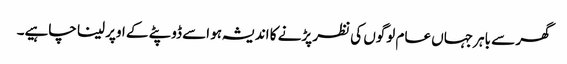
گھر سے باہر جہاں عام لوگوں کی نظر پڑنے کا اندیشہ ہو اسے ڈوپٹے کے اوپر لینا چاہیے۔